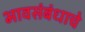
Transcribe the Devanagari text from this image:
भावसंबंधाचे